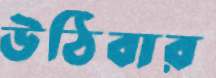
উঠিবার